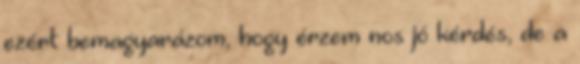
ezért bemagyarázom, hogy érzem nos jó kérdés, de a